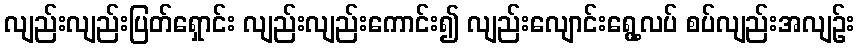
လျည်းလျည်းပြတ်ရှောင်း လျည်းလျည်းကောင်း၍ လျည်းလျောင်းရွေ့လပ် စပ်လျည်းအလျဉ်း